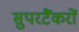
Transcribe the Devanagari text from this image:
सुपरटैंकरों